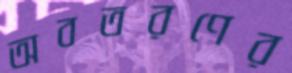
অবতরণের